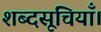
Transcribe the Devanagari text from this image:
शब्दसूचियाँ।